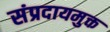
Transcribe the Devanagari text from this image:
संप्रदायमुक्त